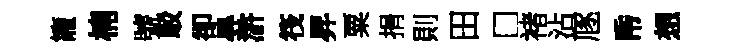
籠楠號駁卻㝵滸筏昇粟捐則田□褚沾豗帋想